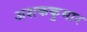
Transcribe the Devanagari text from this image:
अशककुमार